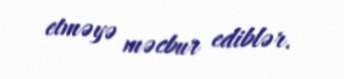
etməyə məcbur ediblər.